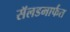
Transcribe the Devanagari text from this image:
सॅलडमार्फत